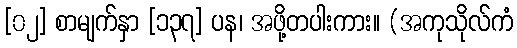
[၀၂] စာမျက်နှာ [၁၃၇] ပန၊ အဖို့တပါးကား။ (အကုသိုလ်ကံ